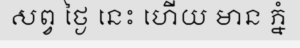
សព្វ ថ្ងៃ នេះ ហើយ មាន ភ្នំ